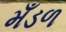
મઁડળ